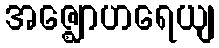
အဇ္ဈောဟရေယျ